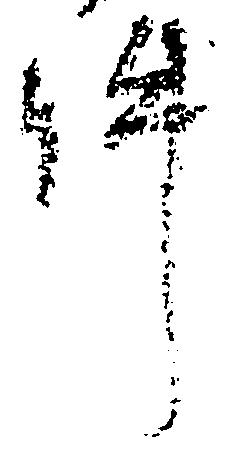
件